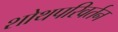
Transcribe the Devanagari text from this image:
शोथपरिवर्तन